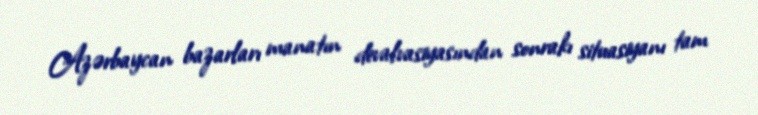
Azərbaycan bazarları manatın devalvasiyasından sonrakı situasiyanı tam